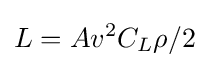
L=Av^{2}C_{L}\rho /2